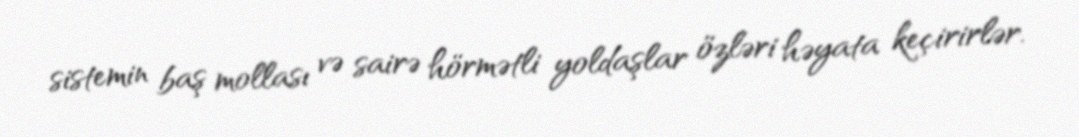
sistemin baş mollası və sairə hörmətli yoldaşlar özləri həyata keçirirlər.